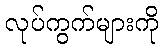
လုပ်ကွက်များကို